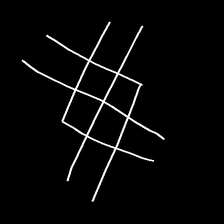
Glyph: crystal